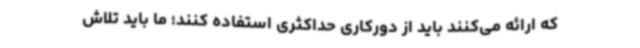
که ارائه می‌کنند باید از دورکاری حداکثری استفاده کنند؛ ما باید تلاش